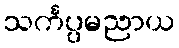
သင်္ကပ္ပမညာယ